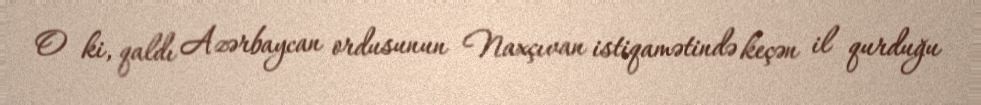
O ki, qaldı Azərbaycan ordusunun Naxçıvan istiqamətində keçən il qurduğu